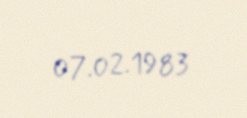
07.02.1983